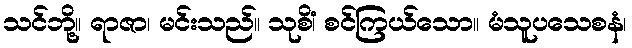
သင်ဘို့။ ရာဇာ၊ မင်းသည်။ သုစိံ၊ စင်ကြယ်သော။ မံသူပသေစနံ၊